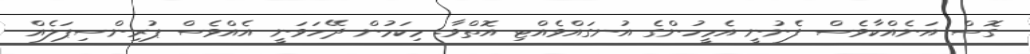
ގޮސް އަނެއްކާވެސް ފެނުނީ އެމީހުންގެ އުނގައްވެއްޓި އޮތްވާ. މިކަމުން ދޭހަވަނީ އެއްވެސް ޕުރިންސިޕަލެއް